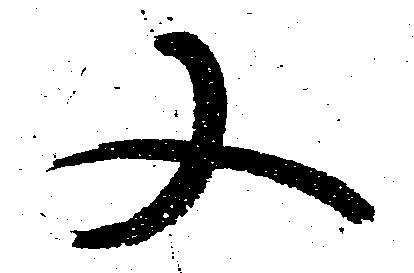
又